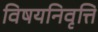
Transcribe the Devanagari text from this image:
विषयनिवृत्ति